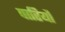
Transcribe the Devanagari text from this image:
पारियौ